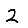
Digit: 2